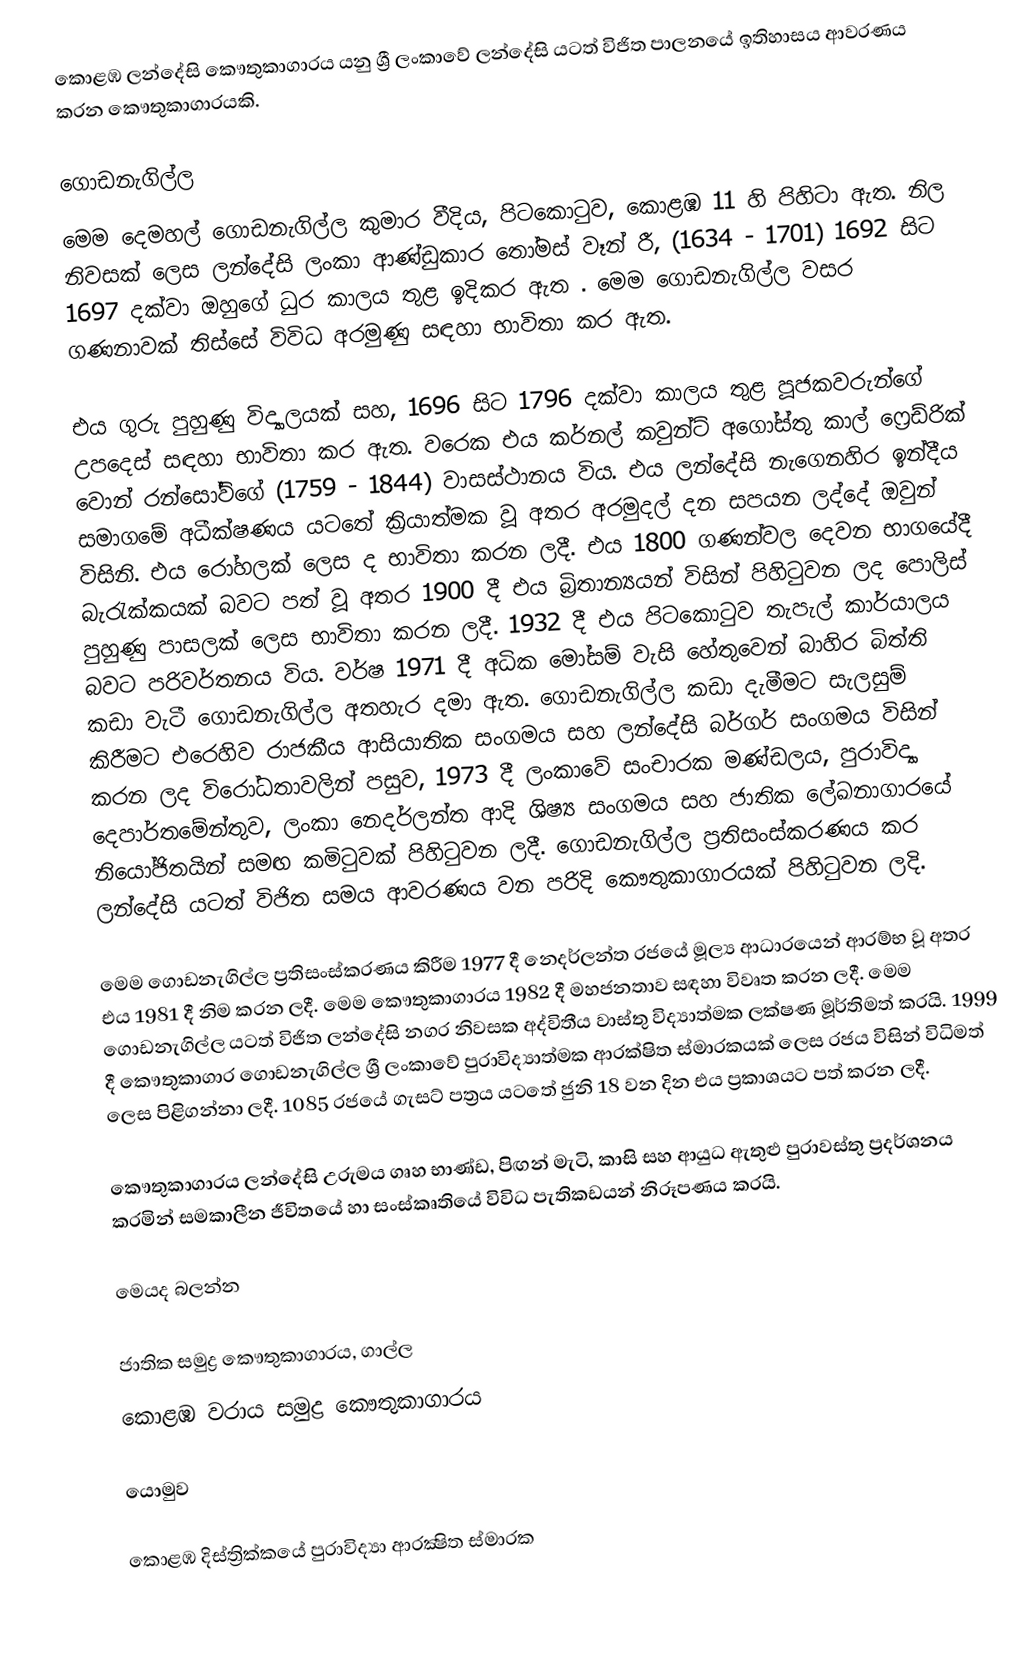
කොළඹ ලන්දේසි කෞතුකාගාරය යනු ශ්‍රී ලංකාවේ ලන්දේසි යටත් විජිත පාලනයේ ඉතිහාසය ආවරණය කරන කෞතුකාගාරයකි.

ගොඩනැගිල්ල
මෙම දෙමහල් ගොඩනැගිල්ල කුමාර වීදිය, පිටකොටුව, කොළඹ 11 හි පිහිටා ඇත. නිල නිවසක් ලෙස ලන්දේසි ලංකා ආණ්ඩුකාර තෝමස් වෑන් රී, (1634 - 1701) 1692 සිට 1697 දක්වා ඔහුගේ ධුර කාලය තුළ ඉදිකර ඇත .  මෙම ගොඩනැගිල්ල වසර ගණනාවක් තිස්සේ විවිධ අරමුණු සඳහා භාවිතා කර ඇත.

එය ගුරු පුහුණු විද්‍යාලයක් සහ, 1696 සිට 1796 දක්වා කාලය තුළ පූජකවරුන්ගේ උපදෙස් සඳහා භාවිතා කර ඇත. වරෙක එය කර්නල් කවුන්ට් අගෝස්තු කාල් ෆ්‍රෙඩ්රික් වොන් රන්සෝව්ගේ (1759 - 1844) වාසස්ථානය විය.  එය ලන්දේසි නැගෙනහිර ඉන්දීය සමාගමේ අධීක්ෂණය යටතේ ක්‍රියාත්මක වූ අතර අරමුදල්  දන සපයන ලද්දේ ඔවුන්  විසිනි. එය රෝහලක් ලෙස ද භාවිතා කරන ලදී. එය 1800 ගණන්වල දෙවන භාගයේදී බැරැක්කයක් බවට පත් වූ අතර 1900 දී එය බ්‍රිතාන්‍යයන් විසින් පිහිටුවන ලද පොලිස් පුහුණු පාසලක් ලෙස භාවිතා කරන ලදී.  1932 දී එය පිටකොටුව තැපැල් කාර්යාලය බවට පරිවර්තනය විය. වර්ෂ 1971 දී අධික මෝසම් වැසි හේතුවෙන් බාහිර බිත්ති කඩා වැටී ගොඩනැගිල්ල අතහැර දමා ඇත. ගොඩනැගිල්ල කඩා දැමීමට සැලසුම් කිරීමට එරෙහිව රාජකීය ආසියාතික සංගමය සහ ලන්දේසි බර්ගර් සංගමය විසින් කරන ලද විරෝධතාවලින් පසුව, 1973 දී ලංකාවේ සංචාරක මණ්ඩලය, පුරාවිද්‍යා දෙපාර්තමේන්තුව, ලංකා නෙදර්ලන්ත ආදි ශිෂ්‍ය සංගමය සහ ජාතික ලේඛනාගාරයේ නියෝජිතයින් සමඟ කමිටුවක් පිහිටුවන ලදී. ගොඩනැගිල්ල ප්‍රතිසංස්කරණය කර ලන්දේසි යටත් විජිත සමය ආවරණය වන පරිදි කෞතුකාගාරයක් පිහිටුවන ලදි.

මෙම ගොඩනැගිල්ල ප්‍රතිසංස්කරණය කිරීම 1977 දී නෙදර්ලන්ත රජයේ මූල්‍ය ආධාරයෙන් ආරම්භ වූ අතර එය 1981 දී නිම කරන ලදී. මෙම කෞතුකාගාරය 1982 දී මහජනතාව සඳහා විවෘත කරන ලදී. මෙම ගොඩනැගිල්ල යටත් විජිත ලන්දේසි නගර නිවසක අද්විතීය වාස්තු විද්‍යාත්මක ලක්ෂණ මූර්තිමත් කරයි. 1999 දී කෞතුකාගාර ගොඩනැගිල්ල ශ්‍රී ලංකාවේ පුරාවිද්‍යාත්මක ආරක්ෂිත ස්මාරකයක් ලෙස රජය විසින් විධිමත් ලෙස පිළිගන්නා ලදී. 1085 රජයේ ගැසට් පත්‍රය යටතේ ජුනි 18 වන දින එය ප්‍රකාශයට පත් කරන ලදී.

කෞතුකාගාරය ලන්දේසි උරුමය ගෘහ භාණ්ඩ, පිඟන් මැටි, කාසි සහ ආයුධ ඇතුළු පුරාවස්තු ප්‍රදර්ශනය කරමින් සමකාලීන ජීවිතයේ හා සංස්කෘතියේ විවිධ පැතිකඩයන් නිරූපණය කරයි.

මෙයද බලන්න

 ජාතික සමුද්‍ර කෞතුකාගාරය, ගාල්ල
 කොළඹ වරාය සමුද්‍ර කෞතුකාගාරය

යොමුව

කොළඹ දිස්ත්‍රික්කයේ පුරාවිද්‍යා ආරක්‍ෂිත ස්මාරක